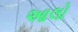
આલો